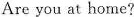
Are you at home?